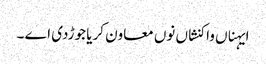
ایہناں واکنشاں نوں معاون کریا جوڑدی اے ۔